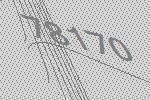
78170